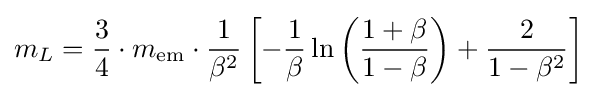
m_{L}={\frac {3}{4}}\cdot m_{\mathrm {em} }\cdot {\frac {1}{\beta ^{2}}}\left[-{\frac {1}{\beta }}\ln \left({\frac {1+\beta }{1-\beta }}\right)+{\frac {2}{1-\beta ^{2}}}\right]